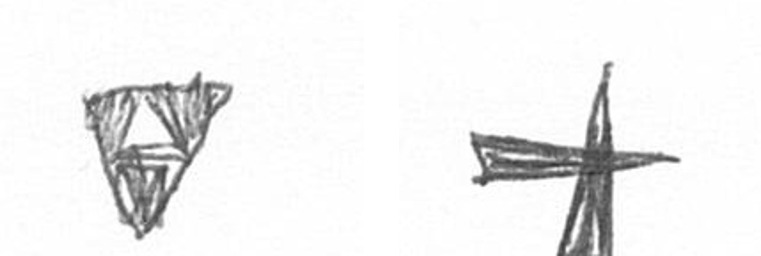
S G